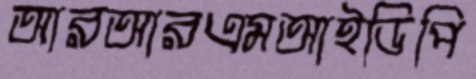
আরআরএমআইডিপি